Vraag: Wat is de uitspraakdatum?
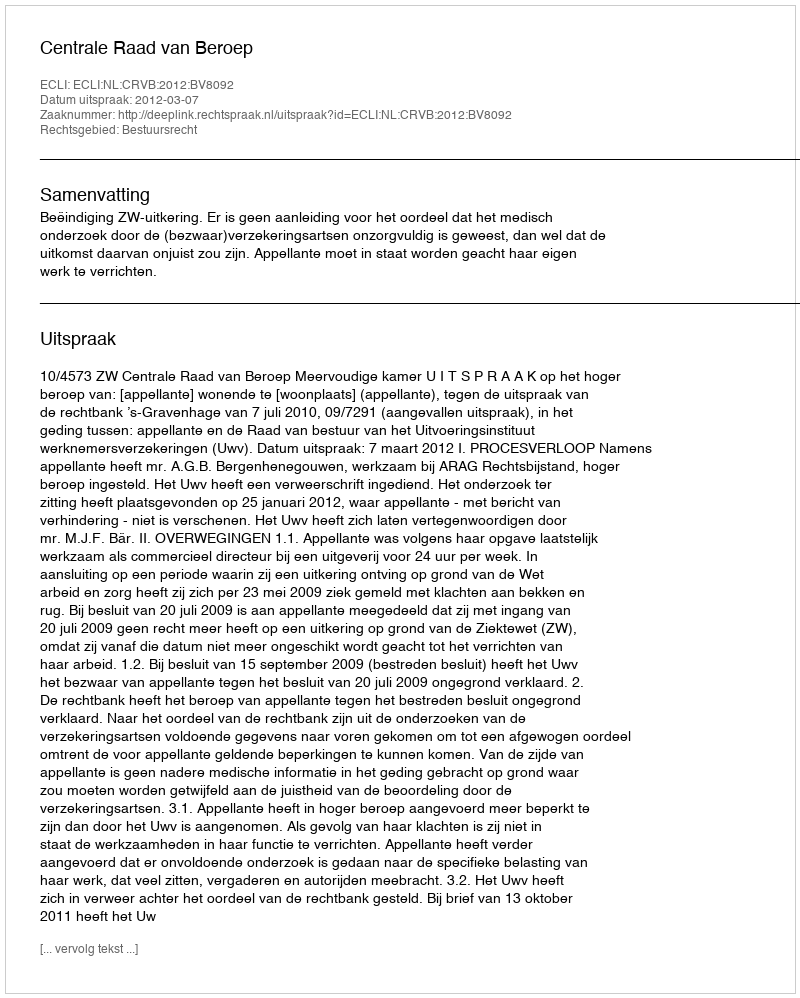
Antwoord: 2012-03-07